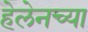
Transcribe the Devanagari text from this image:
हेलेनच्या